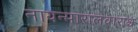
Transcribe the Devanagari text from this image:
नायन्मारालवाराश्च